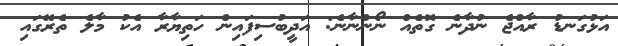
އަޅުގަނޑު ރާއްޖެ ނުދާނެ ގޮތެއް ނޯންނާނެ: އަދީބުސިފައިން ހަތިޔާރާ އެކު މާލެ ތެރޭގައި